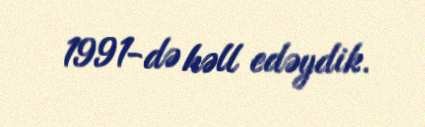
1991-də həll edəydik.